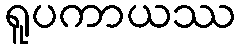
ရူပကာယဿ